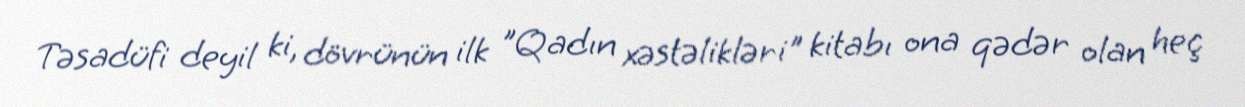
Təsadüfi deyil ki, dövrünün ilk "Qadın xəstəlikləri" kitabı ona qədər olan heç